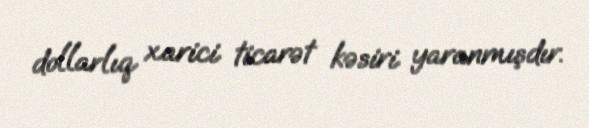
dollarlıq xarici ticarət kəsiri yaranmışdır.